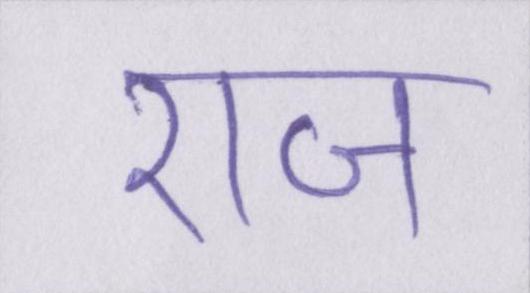
राज